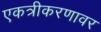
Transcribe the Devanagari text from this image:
एकत्रीकरणावर